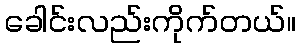
ခေါင်းလည်းကိုက်တယ်။